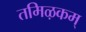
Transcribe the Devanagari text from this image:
तमिऴकम्